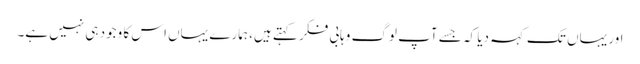
اور یہاں تک کہہ دیا کہ جسے آپ لوگ وہابی فکر کہتے ہیں، ہمارے یہاں اس کا وجود ہی نہیں ہے۔